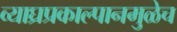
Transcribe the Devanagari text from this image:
व्याघ्रप्रकाल्पानमुळेच